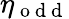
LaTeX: \eta_{\mathrm{~o~d~d~}}